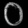
Digit: ၀